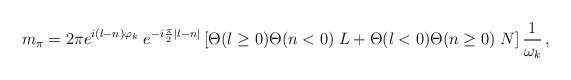
\begin{align*}m_{\pi} = 2\pi e^{i(l-n)\varphi_k}\;e^{-i{\pi\over 2}|l-n|}\left[\Theta(l\geq 0) \Theta(n<0)\;L + \Theta(l<0)\Theta(n\geq 0)\;N \right]{1\over\omega_k}\,,\end{align*}